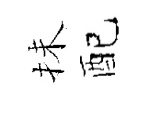
抺配